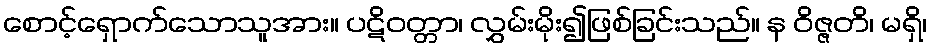
စောင့်ရှောက်သောသူအား။ ပဋိဝတ္တာ၊ လွှမ်းမိုး၍ဖြစ်ခြင်းသည်။ န ဝိဇ္ဇတိ၊ မရှိ၊